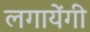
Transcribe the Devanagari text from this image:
लगायेंगी